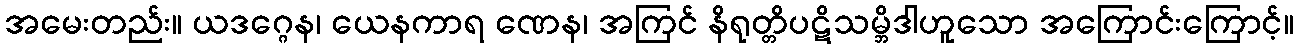
အမေးတည်း။ ယဒဂ္ဂေန၊ ယေနကာရ ဏေန၊ အကြင် နိရုတ္တိပဋိသမ္ဘိဒါဟူသော အကြောင်းကြောင့်။